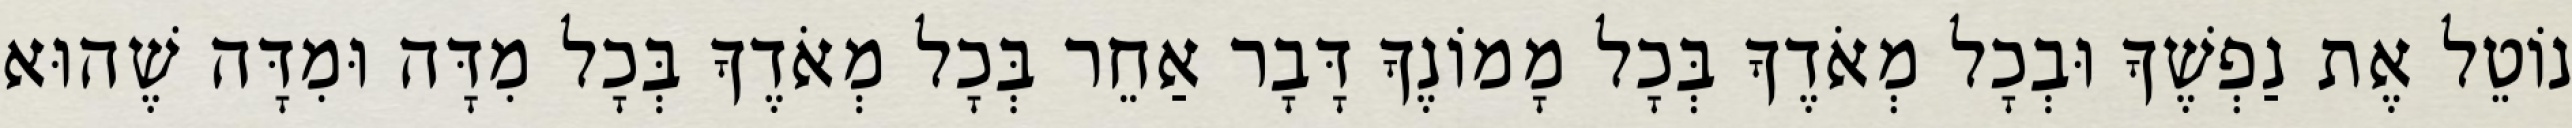
נוֹטֵל אֶת נַפְשֶׁךָ וּבְכָל מְאֹדֶךָ בְּכָל מָמוֹנֶךָ דָּבָר אַחֵר בְּכָל מְאֹדֶךָ בְּכָל מִדָּה וּמִדָּה שֶׁהוּא